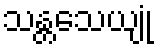
သန္တသေယျုံ